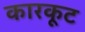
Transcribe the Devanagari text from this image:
कारकूट